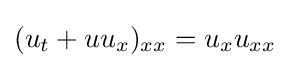
(u_{t}+uu_{x})_{xx}=u_{x}u_{xx}